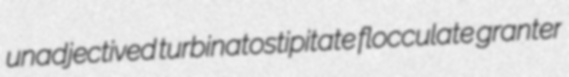
unadjectived turbinatostipitate flocculate granter